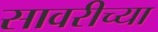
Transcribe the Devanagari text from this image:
सावरीच्या